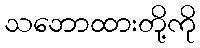
သဘောထားတို့ကို